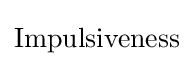
{\text{Impulsiveness}}